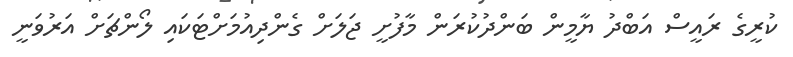
ކުރީގެ ރައީސް އަބްދު ޔާމީން ބަންދުކުރަން މާފުށީ ޖަލަށް ގެންދިއުމަށްޓަކައި ލޯންޗަށް އަރުވަނީ